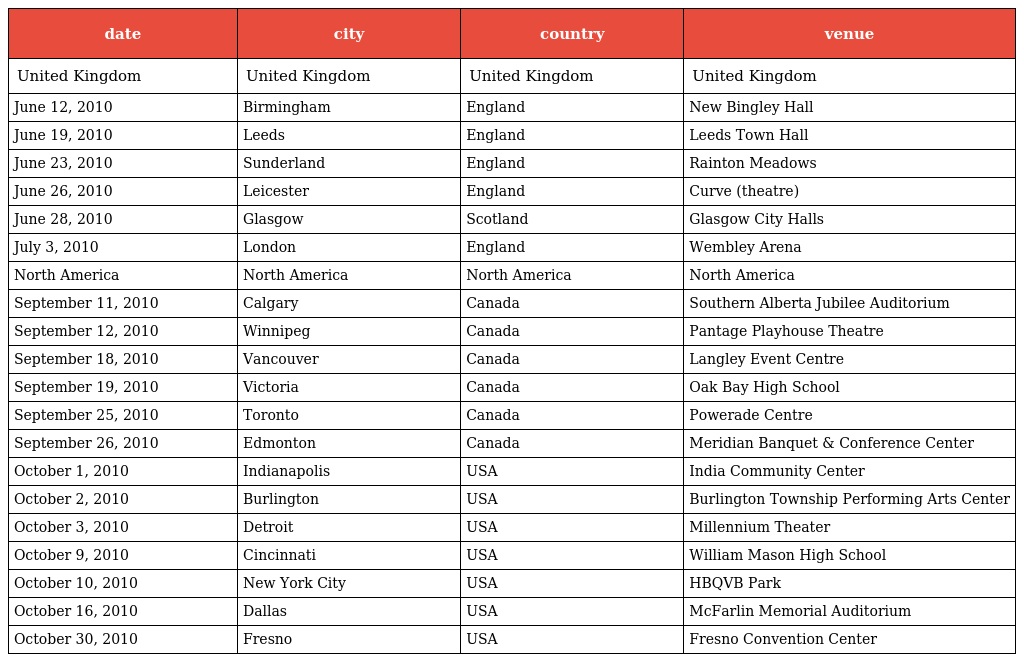
| date | city | country | venue |
 | --- | --- | --- | --- |
 | United Kingdom | United Kingdom | United Kingdom | United Kingdom |
 | June 12, 2010 | Birmingham | England | New Bingley Hall |
 | June 19, 2010 | Leeds | England | Leeds Town Hall |
 | June 23, 2010 | Sunderland | England | Rainton Meadows |
 | June 26, 2010 | Leicester | England | Curve (theatre) |
 | June 28, 2010 | Glasgow | Scotland | Glasgow City Halls |
 | July 3, 2010 | London | England | Wembley Arena |
 | North America | North America | North America | North America |
 | September 11, 2010 | Calgary | Canada | Southern Alberta Jubilee Auditorium |
 | September 12, 2010 | Winnipeg | Canada | Pantage Playhouse Theatre |
 | September 18, 2010 | Vancouver | Canada | Langley Event Centre |
 | September 19, 2010 | Victoria | Canada | Oak Bay High School |
 | September 25, 2010 | Toronto | Canada | Powerade Centre |
 | September 26, 2010 | Edmonton | Canada | Meridian Banquet & Conference Center |
 | October 1, 2010 | Indianapolis | USA | India Community Center |
 | October 2, 2010 | Burlington | USA | Burlington Township Performing Arts Center |
 | October 3, 2010 | Detroit | USA | Millennium Theater |
 | October 9, 2010 | Cincinnati | USA | William Mason High School |
 | October 10, 2010 | New York City | USA | HBQVB Park |
 | October 16, 2010 | Dallas | USA | McFarlin Memorial Auditorium |
 | October 30, 2010 | Fresno | USA | Fresno Convention Center |